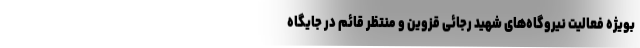
بویژه فعالیت نیروگاه‌های شهید رجائی قزوین و منتظر قائم در جایگاه